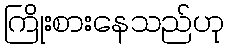
ကြိုးစားနေသည်ဟု